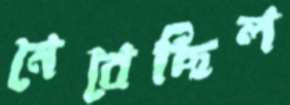
নেবেছিল